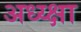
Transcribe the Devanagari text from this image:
अध्य्क्षा